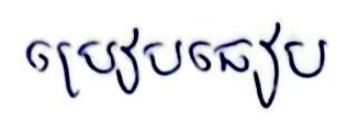
ប្រៀបធៀប